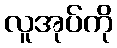
လူအုပ်ကို